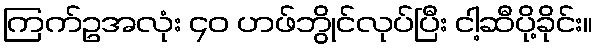
ကြက်ဥအလုံး ၄၀ ဟဖ်ဘွိုင်လုပ်ပြီး ငါ့ဆီပို့ခိုင်း။